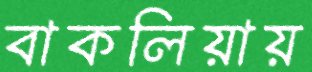
বাকলিয়ায়